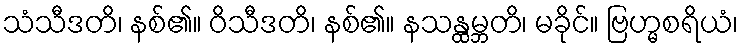
သံသီဒတိ၊ နစ်၏။ ဝိသီဒတိ၊ နစ်၏။ နသန္ထမ္ဘတိ၊ မခိုင်။ ဗြဟ္မစရိယံ၊